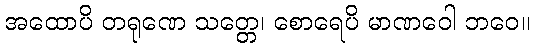
အထောပိ တရုဏေ သတ္တေ၊ စောရေပိ မာဏဝေါ ဘဝေ။